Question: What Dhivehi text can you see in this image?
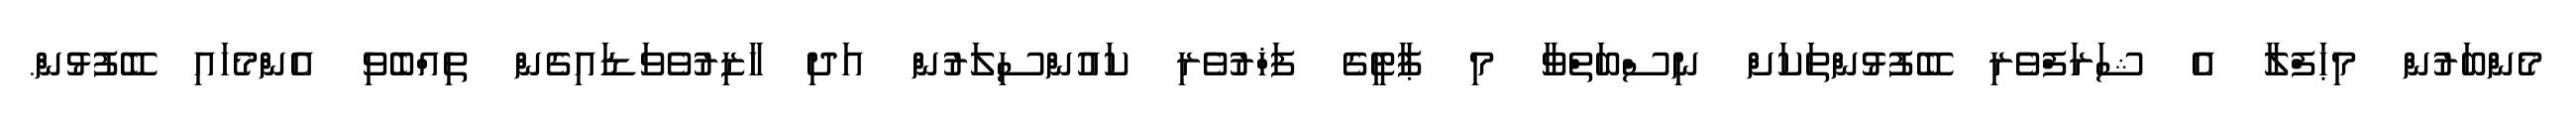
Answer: މެންބަރުން މިޙަފްލާ އެ ޝަރަފްވެރި ބޭފުޅުންތަކަށް ނިސްބަތްވާ މި ޕާޓީގެ ފަޚްރުވެރި ކައުންސިލަރުން އަދި ހާޒިރުވެވަޑައިގެން ތިއްބެވި އެންމެހައި ބޭފުޅުން.